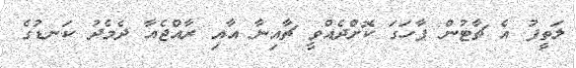
ލަތީފު އެ ޗާޓުން ފާހަގަ ކޮށްދެއްވީ ޗާއިނާ އާއި ރާއްޖެއާ ދެމެދު ކަނޑުގެ